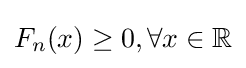
F_{n}(x)\geq 0,\forall x\in \mathbb {R}